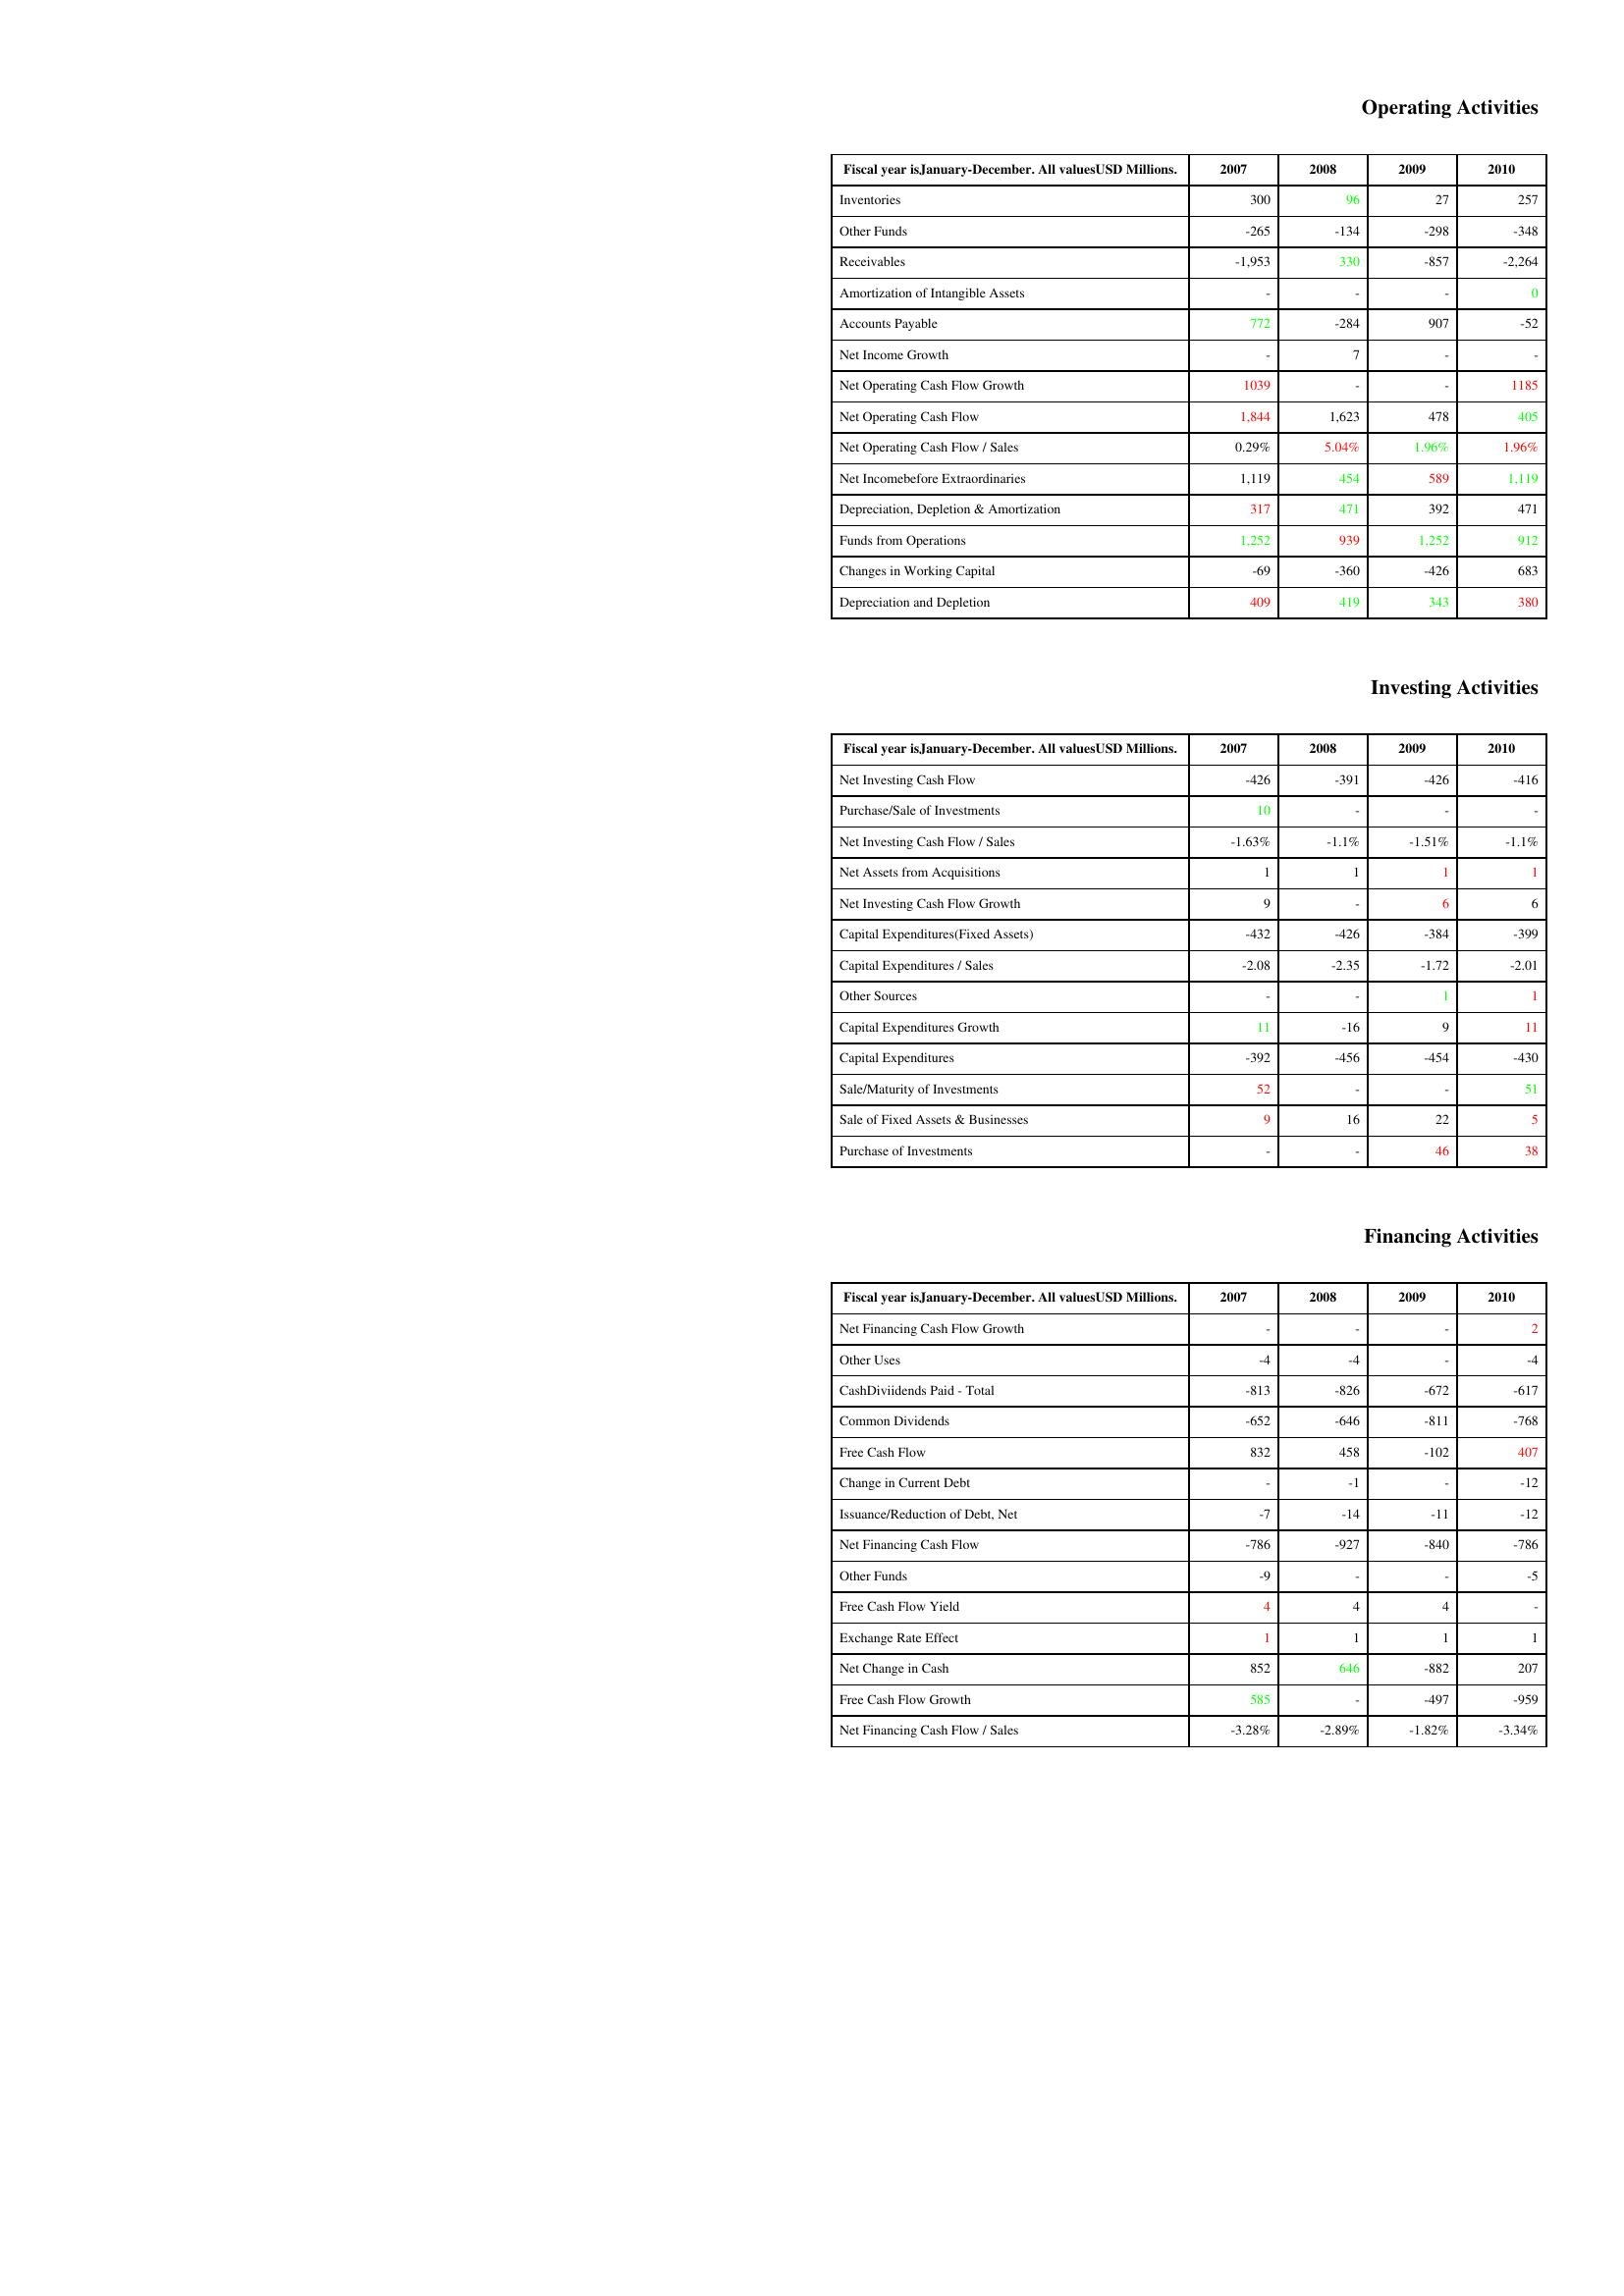
gt_parse: 2007: Operating Activities: Inventories: 300
Other Funds: -265
Receivables: -1,953
Amortization of Intangible Assets: -
Accounts Payable: 772
Net Income Growth: -
Net Operating Cash Flow Growth: 1039
Net Operating Cash Flow: 1,844
Net Operating Cash Flow / Sales: 0.29%
Net Incomebefore Extraordinaries: 1,119
Depreciation, Depletion & Amortization: 317
Funds from Operations: 1,252
Changes in Working Capital: -69
Depreciation and Depletion: 409
Investing Activities: Net Investing Cash Flow: -426
Purchase/Sale of Investments: 10
Net Investing Cash Flow / Sales: -1.63%
Net Assets from Acquisitions: 1
Net Investing Cash Flow Growth: 9
Capital Expenditures(Fixed Assets): -432
Capital Expenditures / Sales: -2.08
Other Sources: -
Capital Expenditures Growth: 11
Capital Expenditures: -392
Sale/Maturity of Investments: 52
Sale of Fixed Assets & Businesses: 9
Purchase of Investments: -
Financing Activities: Net Financing Cash Flow Growth: -
Other Uses: -4
CashDiviidends Paid - Total: -813
Common Dividends: -652
Free Cash Flow: 832
Change in Current Debt: -
Issuance/Reduction of Debt, Net: -7
Net Financing Cash Flow: -786
Other Funds: -9
Free Cash Flow Yield: 4
Exchange Rate Effect: 1
Net Change in Cash: 852
Free Cash Flow Growth: 585
Net Financing Cash Flow / Sales: -3.28%
2008: Operating Activities: Inventories: 96
Other Funds: -134
Receivables: 330
Amortization of Intangible Assets: -
Accounts Payable: -284
Net Income Growth: 7
Net Operating Cash Flow Growth: -
Net Operating Cash Flow: 1,623
Net Operating Cash Flow / Sales: 5.04%
Net Incomebefore Extraordinaries: 454
Depreciation, Depletion & Amortization: 471
Funds from Operations: 939
Changes in Working Capital: -360
Depreciation and Depletion: 419
Investing Activities: Net Investing Cash Flow: -391
Purchase/Sale of Investments: -
Net Investing Cash Flow / Sales: -1.1%
Net Assets from Acquisitions: 1
Net Investing Cash Flow Growth: -
Capital Expenditures(Fixed Assets): -426
Capital Expenditures / Sales: -2.35
Other Sources: -
Capital Expenditures Growth: -16
Capital Expenditures: -456
Sale/Maturity of Investments: -
Sale of Fixed Assets & Businesses: 16
Purchase of Investments: -
Financing Activities: Net Financing Cash Flow Growth: -
Other Uses: -4
CashDiviidends Paid - Total: -826
Common Dividends: -646
Free Cash Flow: 458
Change in Current Debt: -1
Issuance/Reduction of Debt, Net: -14
Net Financing Cash Flow: -927
Other Funds: -
Free Cash Flow Yield: 4
Exchange Rate Effect: 1
Net Change in Cash: 646
Free Cash Flow Growth: -
Net Financing Cash Flow / Sales: -2.89%
2009: Operating Activities: Inventories: 27
Other Funds: -298
Receivables: -857
Amortization of Intangible Assets: -
Accounts Payable: 907
Net Income Growth: -
Net Operating Cash Flow Growth: -
Net Operating Cash Flow: 478
Net Operating Cash Flow / Sales: 1.96%
Net Incomebefore Extraordinaries: 589
Depreciation, Depletion & Amortization: 392
Funds from Operations: 1,252
Changes in Working Capital: -426
Depreciation and Depletion: 343
Investing Activities: Net Investing Cash Flow: -426
Purchase/Sale of Investments: -
Net Investing Cash Flow / Sales: -1.51%
Net Assets from Acquisitions: 1
Net Investing Cash Flow Growth: 6
Capital Expenditures(Fixed Assets): -384
Capital Expenditures / Sales: -1.72
Other Sources: 1
Capital Expenditures Growth: 9
Capital Expenditures: -454
Sale/Maturity of Investments: -
Sale of Fixed Assets & Businesses: 22
Purchase of Investments: 46
Financing Activities: Net Financing Cash Flow Growth: -
Other Uses: -
CashDiviidends Paid - Total: -672
Common Dividends: -811
Free Cash Flow: -102
Change in Current Debt: -
Issuance/Reduction of Debt, Net: -11
Net Financing Cash Flow: -840
Other Funds: -
Free Cash Flow Yield: 4
Exchange Rate Effect: 1
Net Change in Cash: -882
Free Cash Flow Growth: -497
Net Financing Cash Flow / Sales: -1.82%
2010: Operating Activities: Inventories: 257
Other Funds: -348
Receivables: -2,264
Amortization of Intangible Assets: 0
Accounts Payable: -52
Net Income Growth: -
Net Operating Cash Flow Growth: 1185
Net Operating Cash Flow: 405
Net Operating Cash Flow / Sales: 1.96%
Net Incomebefore Extraordinaries: 1,119
Depreciation, Depletion & Amortization: 471
Funds from Operations: 912
Changes in Working Capital: 683
Depreciation and Depletion: 380
Investing Activities: Net Investing Cash Flow: -416
Purchase/Sale of Investments: -
Net Investing Cash Flow / Sales: -1.1%
Net Assets from Acquisitions: 1
Net Investing Cash Flow Growth: 6
Capital Expenditures(Fixed Assets): -399
Capital Expenditures / Sales: -2.01
Other Sources: 1
Capital Expenditures Growth: 11
Capital Expenditures: -430
Sale/Maturity of Investments: 51
Sale of Fixed Assets & Businesses: 5
Purchase of Investments: 38
Financing Activities: Net Financing Cash Flow Growth: 2
Other Uses: -4
CashDiviidends Paid - Total: -617
Common Dividends: -768
Free Cash Flow: 407
Change in Current Debt: -12
Issuance/Reduction of Debt, Net: -12
Net Financing Cash Flow: -786
Other Funds: -5
Free Cash Flow Yield: -
Exchange Rate Effect: 1
Net Change in Cash: 207
Free Cash Flow Growth: -959
Net Financing Cash Flow / Sales: -3.34%